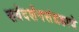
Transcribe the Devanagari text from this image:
सर्वदर्शनसंग्रहाचे